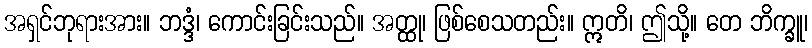
အရှင်ဘုရားအား။ ဘဒ္ဒံ၊ ကောင်းခြင်းသည်။ အတ္ထု၊ ဖြစ်စေသတည်း။ ဣတိ၊ ဤသို့။ တေ ဘိက္ခူ၊